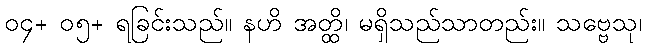
၀၄+ ၀၅+ ရခြင်းသည်။ နဟိ အတ္ထိ၊ မရှိသည်သာတည်း။ သဗ္ဗေသု၊